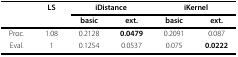
<table><thead><tr><td></td><td><b>LS</b></td><td colspan="2"><b>iDistance</b></td><td colspan="2"><b>iKernel</b></td></tr><tr><td></td><td></td><td><b>basic</b></td><td><b>ext.</b></td><td><b>basic</b></td><td><b>ext.</b></td></tr></thead><tbody><tr><td>Proc.</td><td>1.08</td><td>0.2128</td><td><b>0.0479</b></td><td>0.2091</td><td>0.087</td></tr><tr><td>Eval.</td><td>1</td><td>0.1254</td><td>0.0537</td><td>0.075</td><td><b>0.0222</b></td></tr></tbody></table>